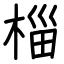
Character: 椔